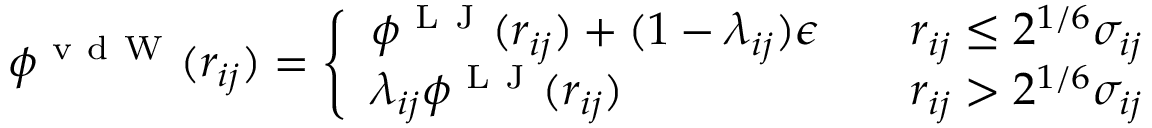
\phi ^ { \mathrm { ~ v ~ d ~ W ~ } } ( r _ { i j } ) = \left\{ \begin{array} { l l } { \phi ^ { \mathrm { ~ L ~ J ~ } } ( r _ { i j } ) + ( 1 - \lambda _ { i j } ) \epsilon } & { \quad r _ { i j } \leq 2 ^ { 1 / 6 } \sigma _ { i j } } \\ { \lambda _ { i j } \phi ^ { \mathrm { ~ L ~ J ~ } } ( r _ { i j } ) } & { \quad r _ { i j } > 2 ^ { 1 / 6 } \sigma _ { i j } } \end{array} \right.